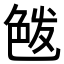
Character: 𦫘